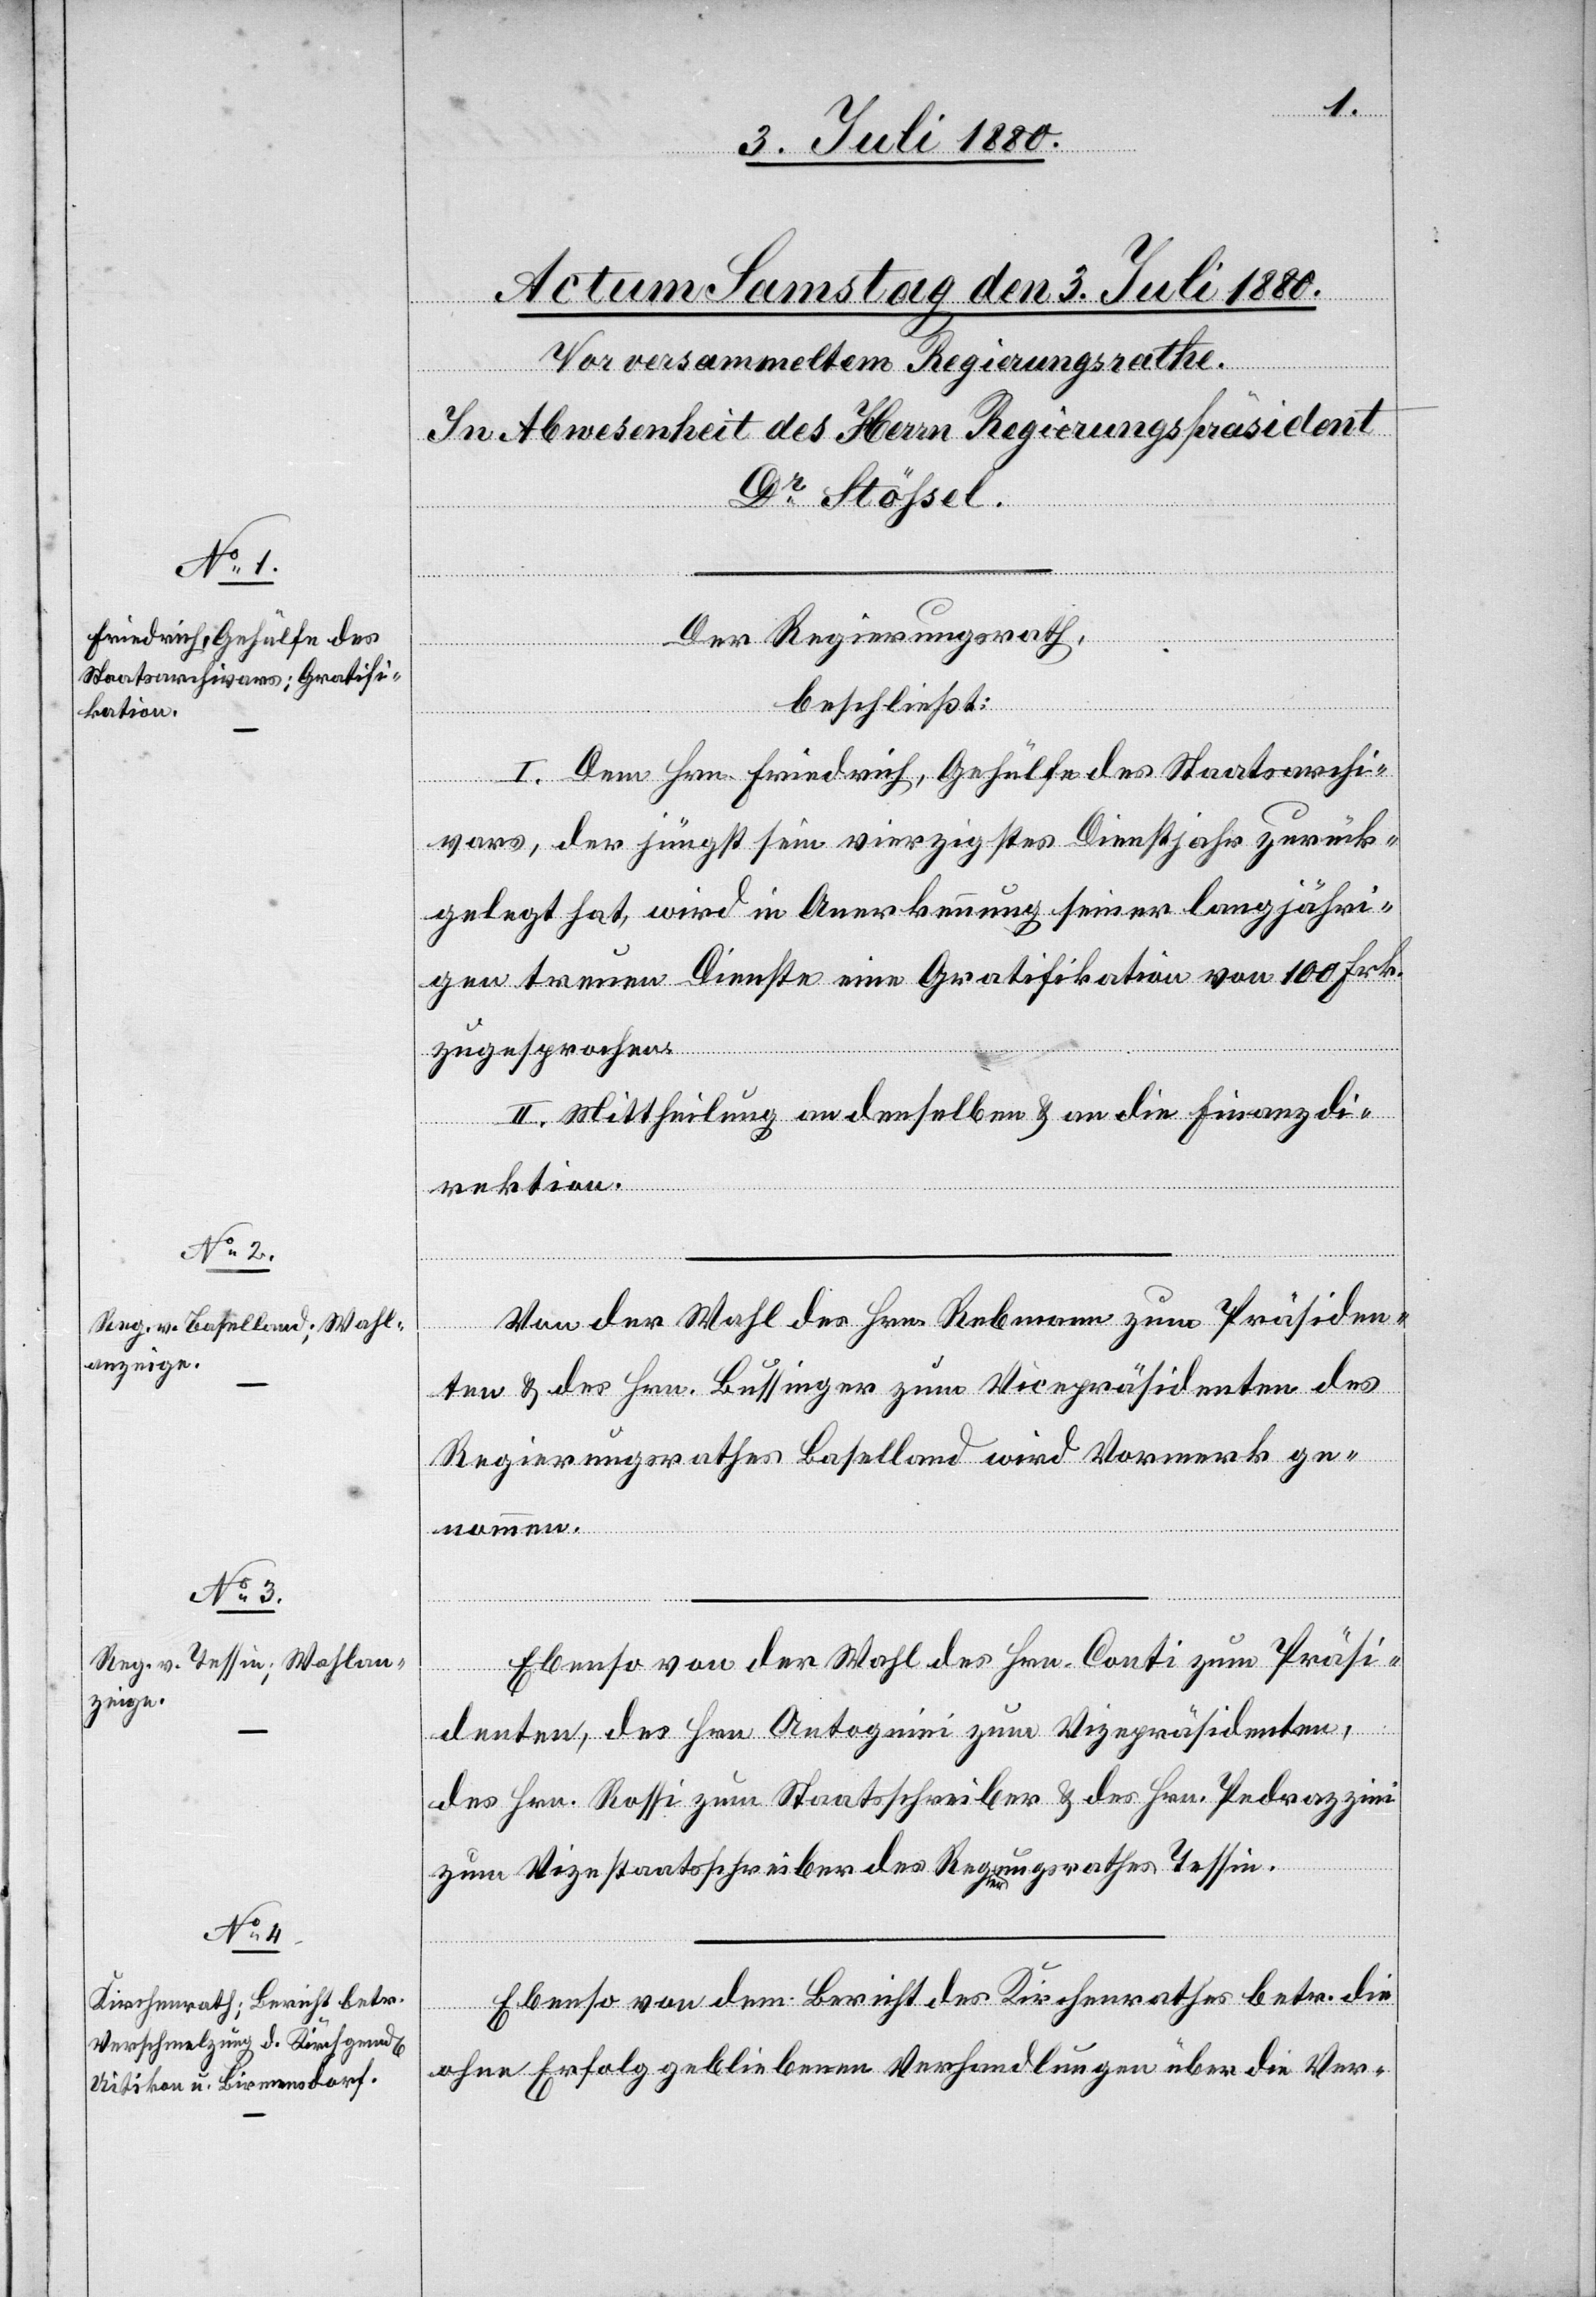
Der Regierungsrath,
beschließt:
I. Dem Hrn. Friedrich, Gehülfe des Staatsarchi¬
vars, der jüngst sein vierzigstes Dienstjahr zurück¬
gelegt hat, wird in Anerkennung seiner langjähri¬
gen treuen Dienste eine Gratifikation von 100 Frk.
zugesprochen.
II. Mittheilung an denselben & an die Finanzdi¬
rektion.
Von der Wahl des Hrn. Rebmann zum Präsiden¬
ten & des Hrn. Bussinger zum Vicepräsidenten des
Regierungsrathes Baselland wird Vormerk ge¬
nommen.
Ebenso von der Wahl des Hrn. Conti zum Präsi¬
denten, des Hrn. Antognini zum Vicepräsidenten,
des Hrn. Rossi zum Staatsschreiber & des Hrn. Pedrazzini
zum Vizestaatsschreiber des Regierungsrathes Tessin.
Ebenso von dem Bericht des Kirchenrathes betr. die
ohne Erfolg gebliebenen Verhandlungen über die Ver-